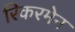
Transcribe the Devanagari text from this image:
रिकरमेन